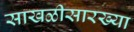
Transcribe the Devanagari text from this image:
साखळीसारख्या